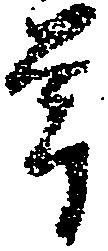
年